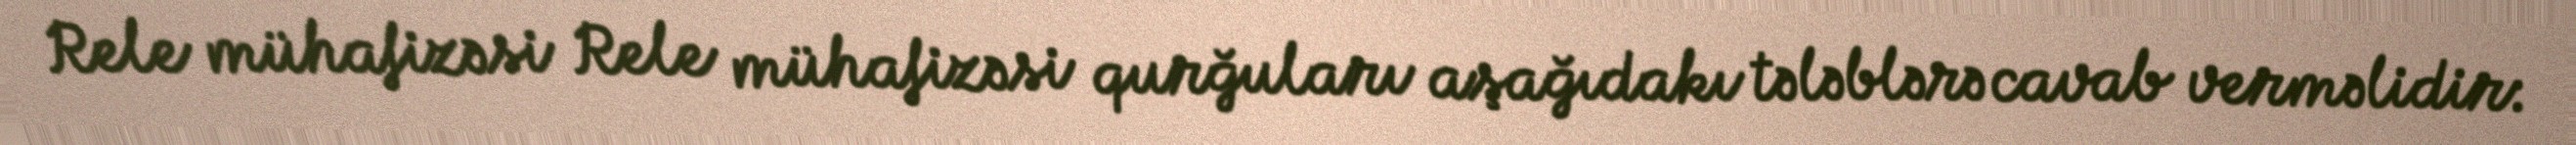
Rele mühafizəsi Rele mühafizəsi qurğuları aşağıdakı tələblərə cavab verməlidir: